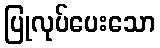
ပြုလုပ်ပေးသော